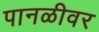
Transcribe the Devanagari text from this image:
पानळीवर